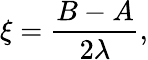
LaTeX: \xi=\frac{B-A}{2\lambda},